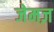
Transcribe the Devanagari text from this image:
जेमज़